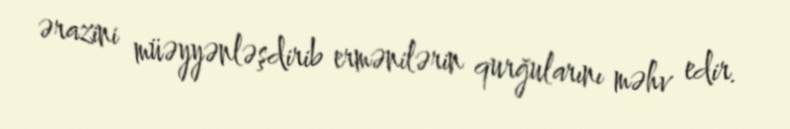
ərazini müəyyənləşdirib ermənilərin qurğularını məhv edir.